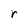
Character: r